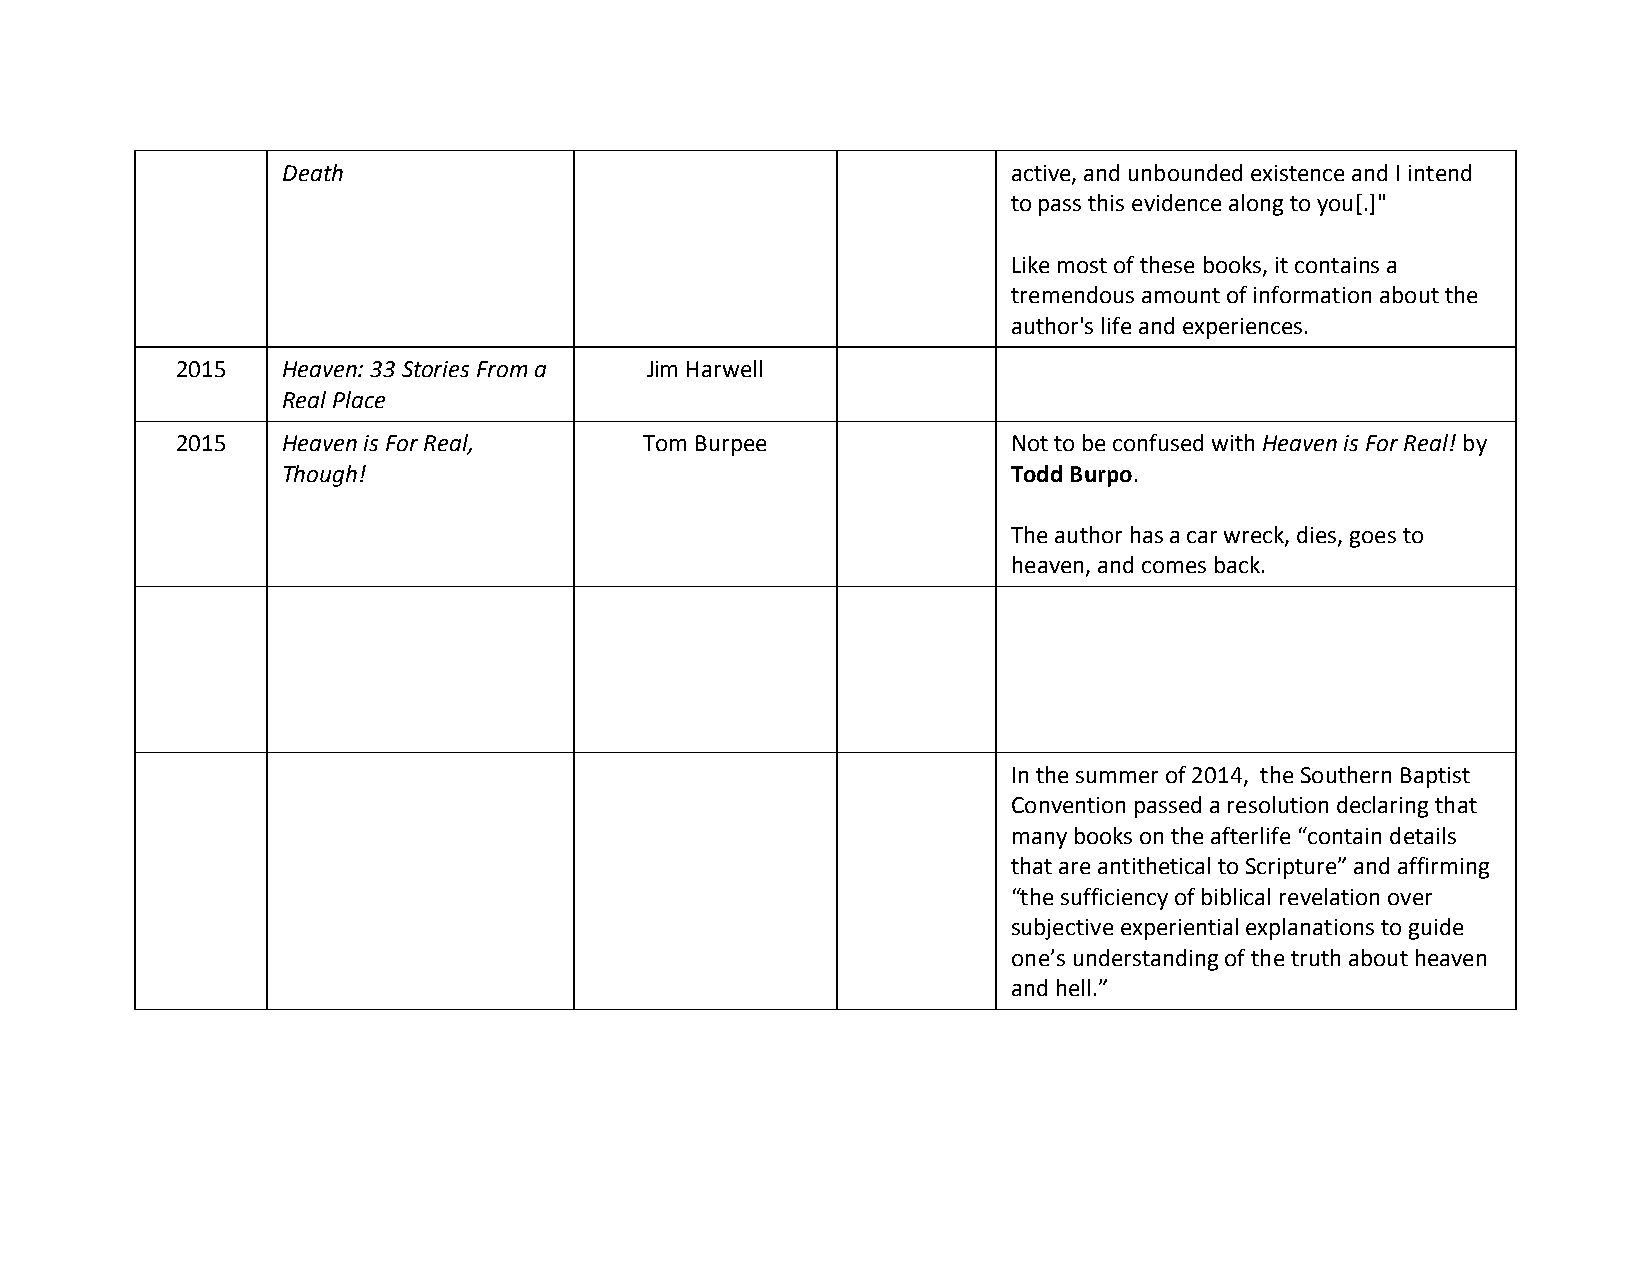
Death                                           active, and unbounded existence and I intend
 to pass this evidence along to you[.]"
 Like most of these books, it contains a
 tremendous amount of information about the
 author's life and experiences.
 2015   Heaven: 33 Stories From a Jim Harwell
 Real Place
 2015   Heaven is For Real,     Tom Burpee              Not to be confused with Heaven is For Real! by
 Though!                                         Todd Burpo.
 The author has a car wreck, dies, goes to
 heaven, and comes back.
 In the summer of 2014, the Southern Baptist
 Convention passed a resolution declaring that
 many books on the afterlife “contain details
 that are antithetical to Scripture” and affirming
 “the sufficiency of biblical revelation over
 subjective experiential explanations to guide
 one’s understanding of the truth about heaven
 and hell.”